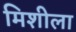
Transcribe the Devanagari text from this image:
मिशीला